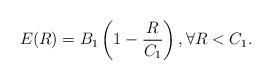
LaTeX: \begin{align*}E(R)=B_1 \left(1-\frac{R}{C_1}\right),\forall R<C_1. \end{align*}